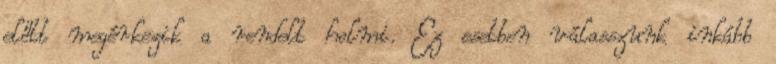
előtt megérkezik a rendelt holmi. Ez esetben válasszunk inkább